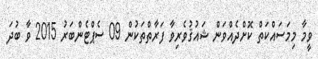
ވީމާ މިމަސައްކަތް ކޮށްދެއްވަން ޝައުޤުވެރިވާ ފަރާތްތަކުން 09 ސެޕްޓެންބަރު 2015 ވާ ބުދަ